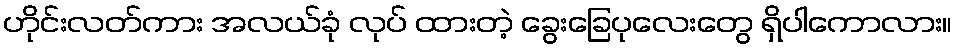
ဟိုင်းလတ်ကား အလယ်ခုံ လုပ် ထားတဲ့ ခွေးခြေပုလေးတွေ ရှိပါကောလား။